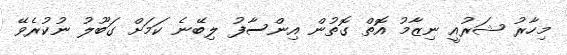
މިހާރު ޝަރުއީ ނިޒާމު އޮތް ގޮތުން އިންސާފު ލިބޭނެ ކަމަށް ގަބޫލު ނުކުރެވޭ